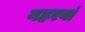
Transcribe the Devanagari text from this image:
बहरवां